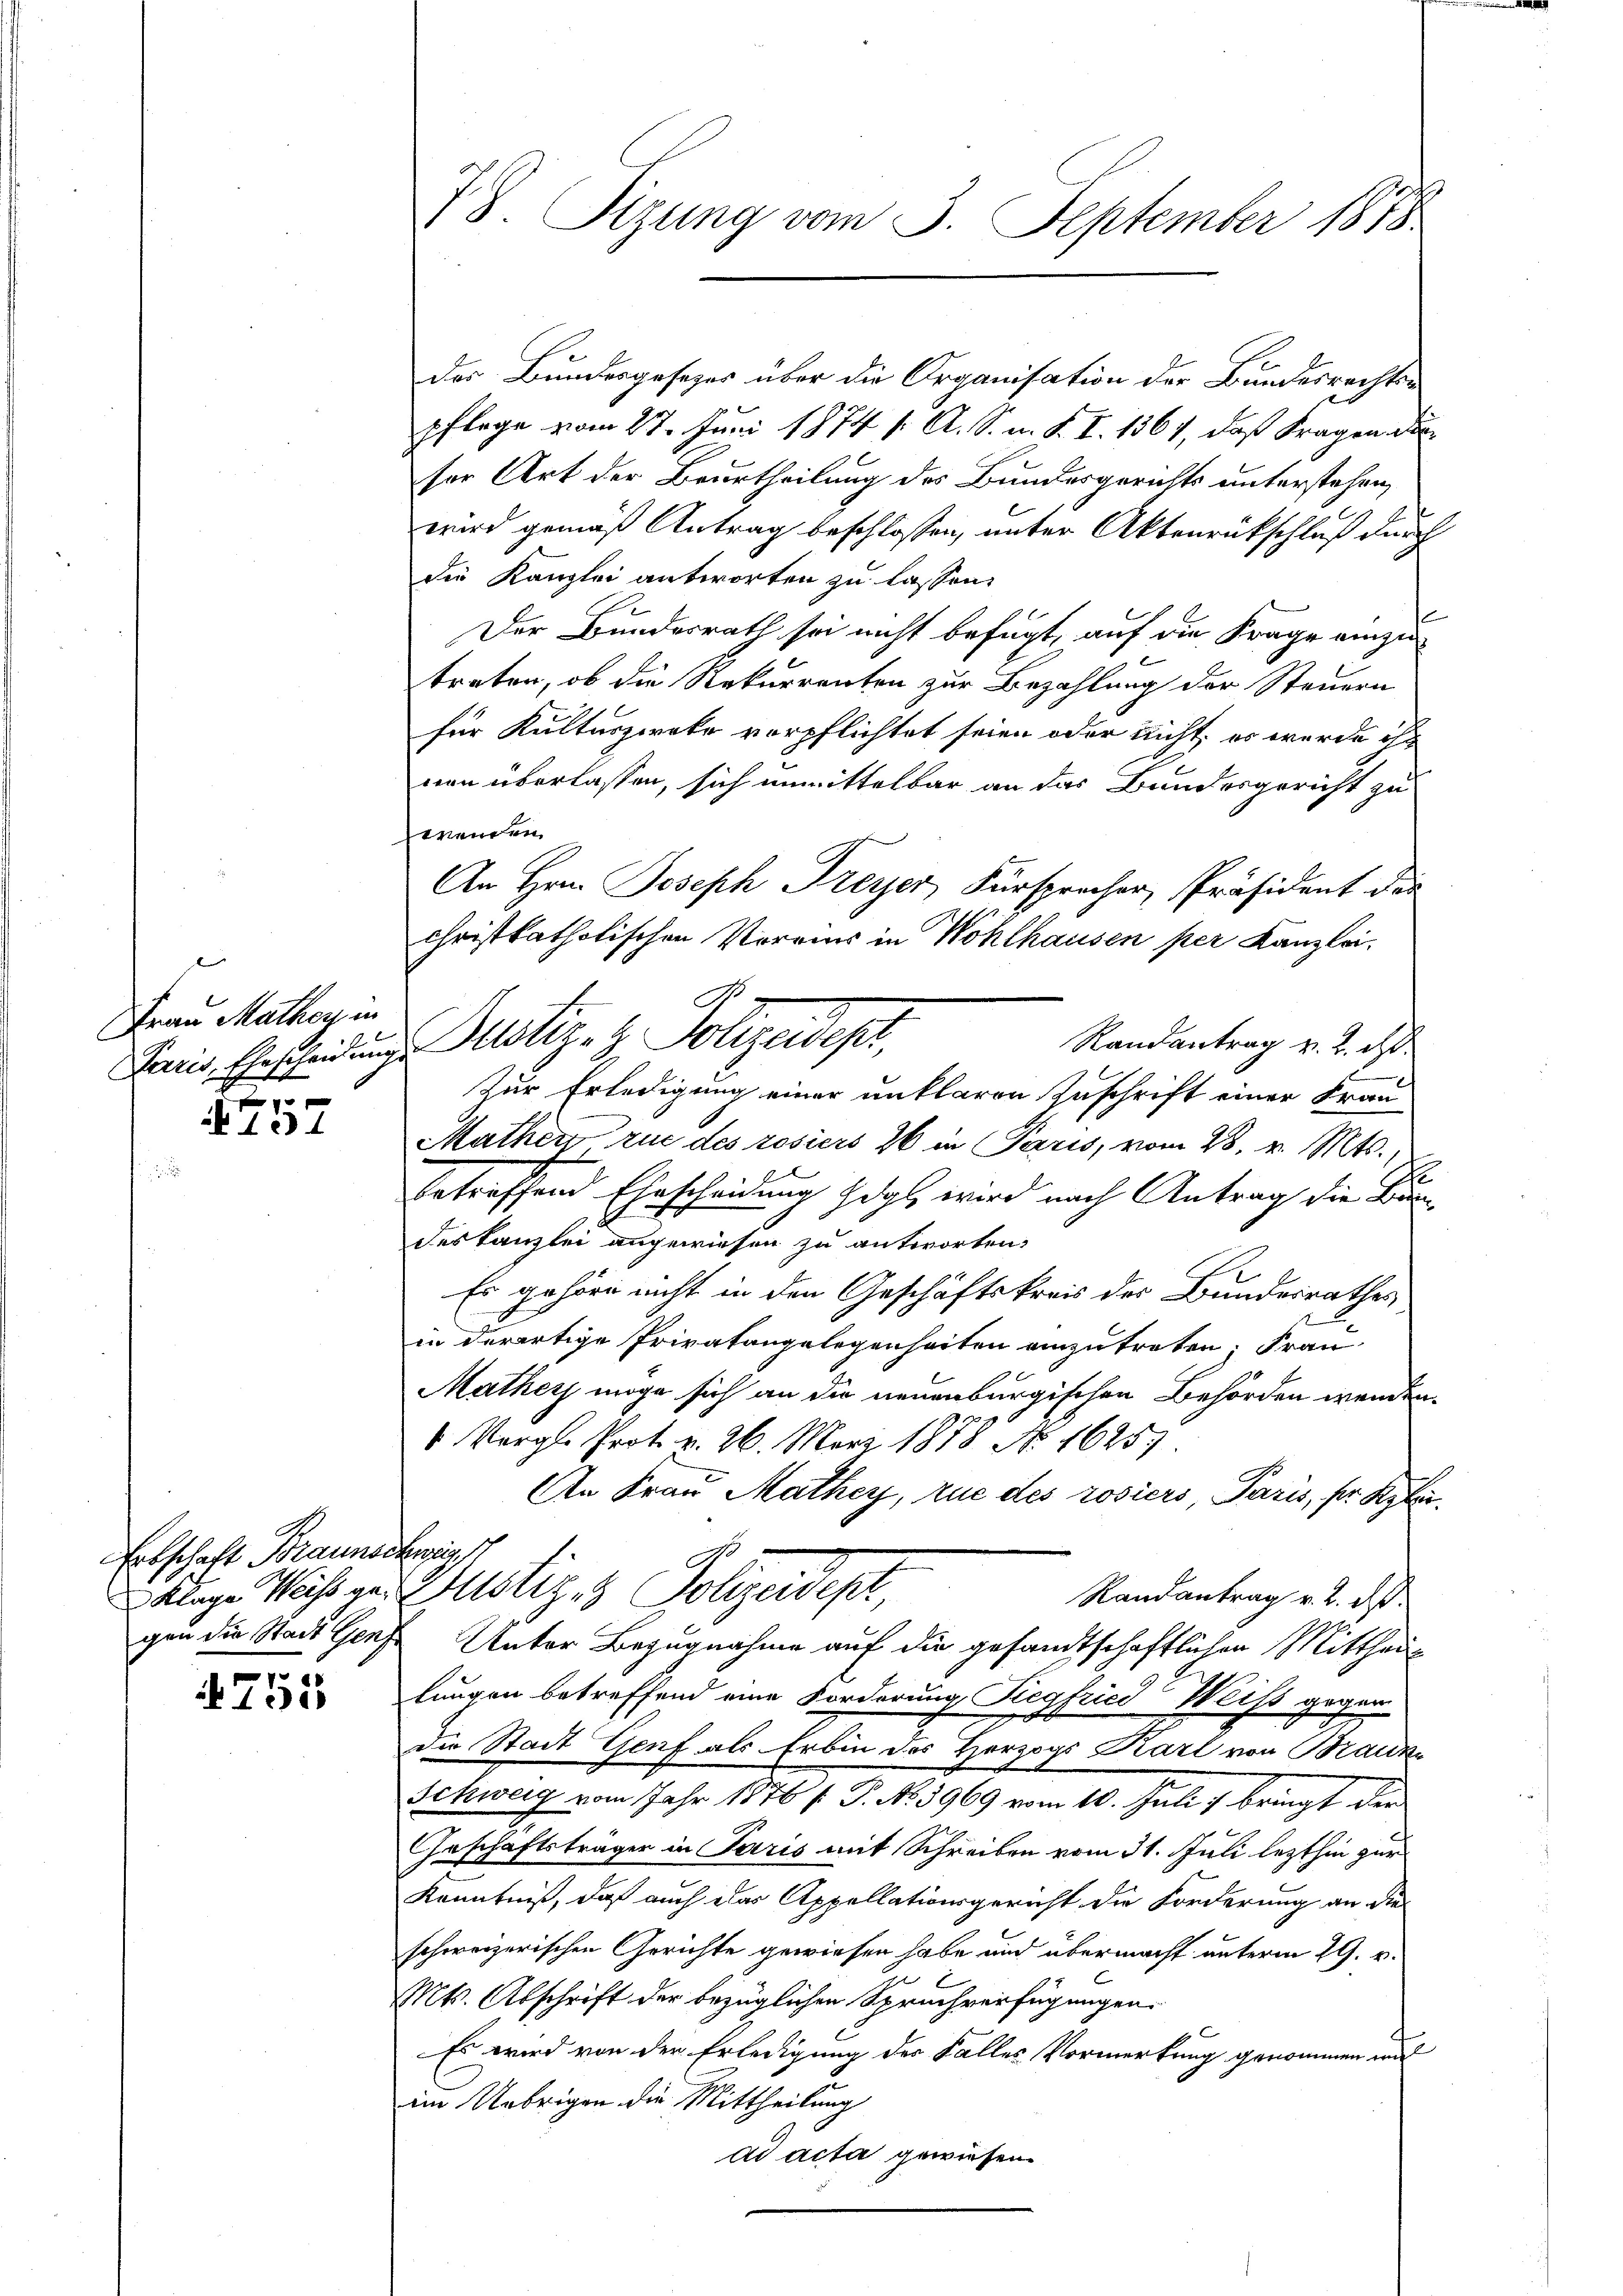
Frau Mathey in

.
N 137

Erbschaft Braunschweig

755

78. Sizung vom 3. September 1878

der Bundesgesezes über die Organisation der Bundesrechten
pflege vom 27. Juni 1874 f. A. S. n. F. I. 1367, daß Fragen die
ser Art der Beurtheilung des Bundesgerichts unterstehen,
wird gemäß Antrag beschlossen, unter Aktenrückschluß durch
die Kanzlei antworten zu lassen.
Der Bundesrath sei nicht befugt, auf die Frage einzutreten, ob die Rekurrenten zur Bezahlung der Steuern
für Kulturzweke verpflichtet seien oder nicht er wurde ihr
nen überlassen, sich unmittelbar an das Bundesgericht zu
wenden
An Hrn. Joseph Freyer Fürspracher, Präsident der
christkatholischen Vereins in Wohlhausen per Kanzlei¬
Randantrag v. 2. ds.
Zur Erledigung einer unklaren Zuschrift einer Frau
Mathen rue des resiers 26 in Paris, vom 28. v. Mts.,
betreffend Ehrscheidung das wird nach Antrag die Bedes Kanzlei angewiesen zu antworten.
Es gehöre nicht in den Geschäftskreis des Bundesrathes
in derartige Privatangelegenheiten einzutreten, Frau
Mather möge sich an die neuenburgischen Behörden wenden.
 Vergl. Prot. v. 26. März 1878 No 1625.
An Frau Mathey, rue des rosiers, Paris, fr. Ryk
G
klige Weise zu Mustiz & Polizeidest,
Randantrag v. 2. d.
gen die Stadt Genf, Unter Bezugnahme auf die gesandtschaftlichen Mittheilungen betreffend eine Forderung Riegfrici Weiss gegen
die Stadt Genf als Erbin des Herzogs Karl von Braune
Schweig vom Jahr 1876 f. P. No. 1969 vom 10. Juli  bringt der
Geschäftsträger in Paris mit Schreiben vom 31. Juli lezthin zur
Kenntniß, daß auch das Appellationsgericht die Forderung an die
schweizerischen Gerichte gewiesen habe und übermacht unterm 29. v.
Mts. Abschrift der bezüglichen Spruchverfügungen.
Es wird von der Erledigung der Falles Vormerkung genommen wir
im Uebrigen die Mittheilung
ad acta gewiesen.

Dein Gescheidunge Motiz & Polizeidept,

G.